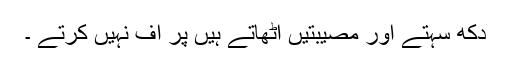
دکھ سہتے اور مصیبتیں اُٹھاتے ہیں پر اُف نہیں کرتے ۔